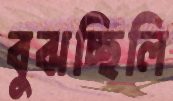
বুঝচ্ছিলি